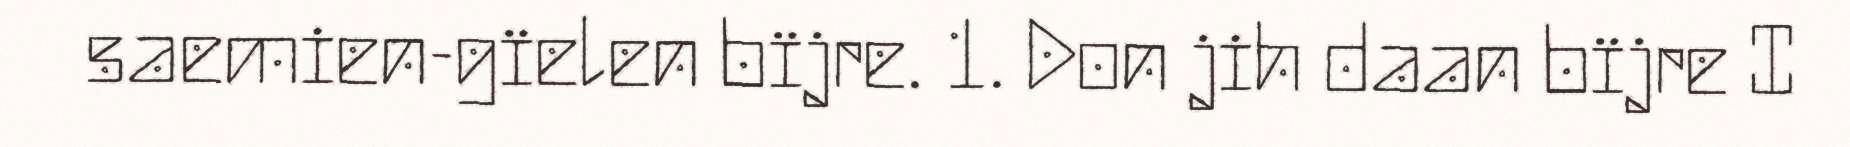
saemien-gïelen bïjre. 1. Don jih daan bïjre I